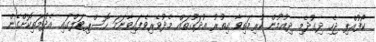
ކޯފުއްޕި ޖެހި ދިގުދެމި ދިއުމުން ކުރިމަތިވާ އިތުރު އުދަގޫތައް މެދުވެރިވެފައިވާނަމަ ހޮސްޕިޓަލްގައި އެދުމަތިކޮށްގެން